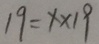
1 9 = 1 \times 1 9